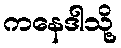
ကနေဒါသို့